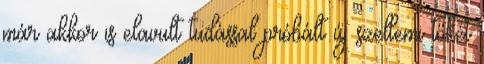
már akkor is elavult tudással próbált új szellemi tőkét